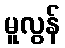
မူလွန်